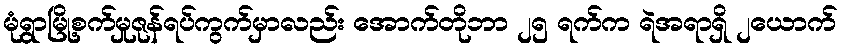
မုံရွာမြို့စက်မှုဇုန်ရပ်ကွက်မှာလည်း အောက်တိုဘာ ၂၅ ရက်က ရဲအရာရှိ ၂ယောက်